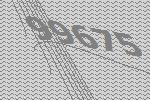
99675